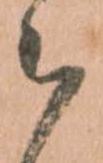
被